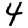
Digit: 4